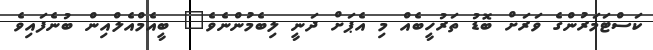
ކަސްޓަމަރުންގެ ވަރަށް ބޮޑު ތަރުހީބެއް މި އެޕަށް ދަނީ ލިބެމުންނެވެ" ބީއެމްއެލްއިން ބުނެފައިވެ